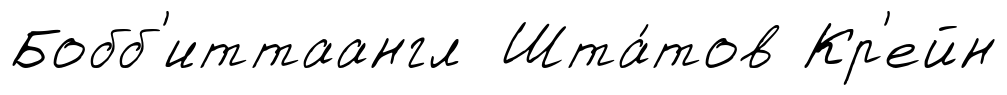
Бобб'иттаангл Шта́тов Кр'ейн